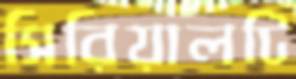
সিরিয়ালটি